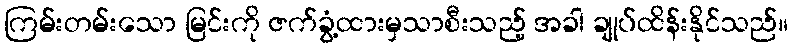
ကြမ်းတမ်းသော မြင်းကို ဇက်ခွံ့ထားမှသာစီးသည့် အခါ ချုပ်ထိန်းနိုင်သည်။